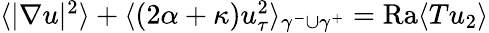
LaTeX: \begin{array}{r}{\langle|\nabla u|^{2}\rangle+\langle(2\alpha+\kappa)u_{\tau}^{2}\rangle_{\gamma^{-}\cup\gamma^{+}}=\mathrm{{Ra}}\langle Tu_{2}\rangle}\end{array}